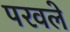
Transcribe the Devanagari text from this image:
परवले